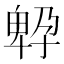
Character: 𡦆